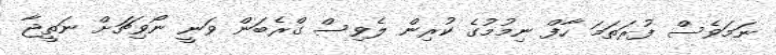
ނަމަވެސް ފުރަތަމަ ހާފް ނިމުމުގެ ކުރިން ލެވިސް ގްރެބަން ވަނީ ނޯވިޗަށް ނަތީޖާ